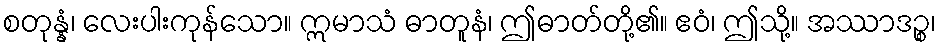
စတုန္နံ၊ လေးပါးကုန်သော။ ဣမာသံ ဓာတူနံ၊ ဤဓာတ်တို့၏။ ဧဝံ၊ ဤသို့။ အဿာဒဉ္စ၊